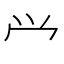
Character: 𰃮